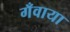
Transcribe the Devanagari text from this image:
गँवाया